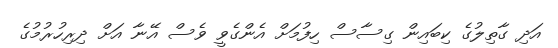
އަދި ގާތިލުގެ ކިބައިން ގިސާސް ހިފުމަށް އެންގެވީ ވެސް އޭނާ އަށް ދިރިހުރުމުގެ